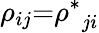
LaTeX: {\rho_{ij}}\mathrm{{=}}{\rho^{*}}_{ji}